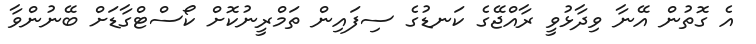
އެ ގޮތުން އޭނާ ވިދާޅުވީ ރާއްޖޭގެ ކަނޑުގެ ސިފައިން ތަމްރީނުކޮށް ކޯސްޓްގާޑަށް ބޭނުންވާ